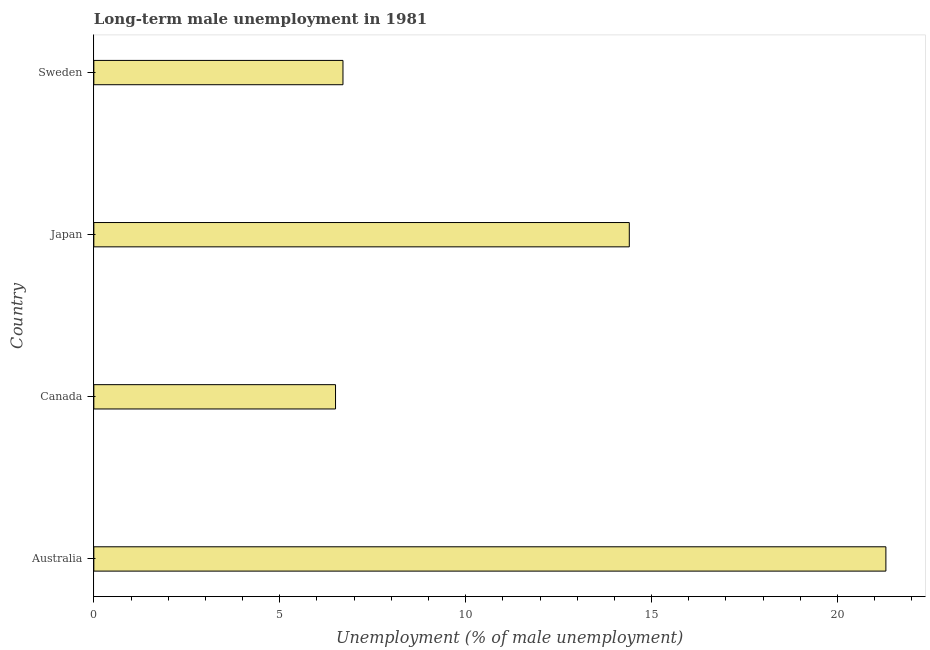
| Country | Long-term unemployment male |
 | --- | --- |
 | Australia | 21.3 |
 | Canada | 6.5 |
 | Japan | 14.4 |
 | Sweden | 6.7 |